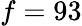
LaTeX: f=93